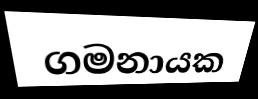
ගමනායක